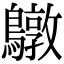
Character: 鷻